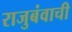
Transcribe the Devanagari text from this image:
राजुबंवाची